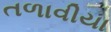
તળાવીયા